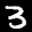
Label: 3